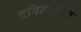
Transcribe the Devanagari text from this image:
द्रविडभाषक